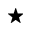
\bigstar